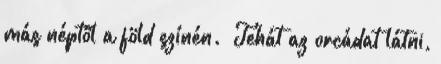
más néptől a föld színén.” Tehát az orcádat látni,